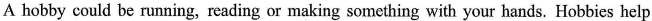
A hobby could be ruming, reading or making something with your hands. Hobbies help